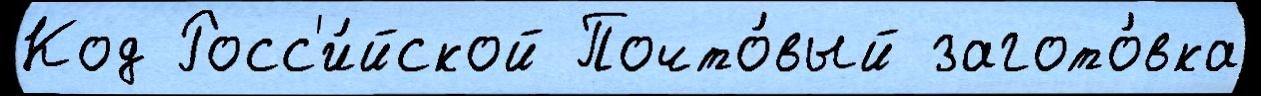
Код Росс'и́йской Почто́вый загото́вка